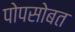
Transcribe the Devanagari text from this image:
पोपसोबत